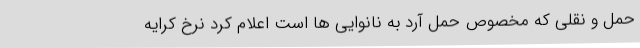
حمل و نقلی که مخصوص حمل آرد به نانوایی ها است اعلام کرد نرخ کرایه